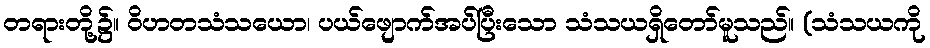
တရားတို့၌။ ဝိဟတသံသယော၊ ပယ်ဖျောက်အပ်ပြီးသော သံသယရှိတော်မူသည်။ (သံသယကို